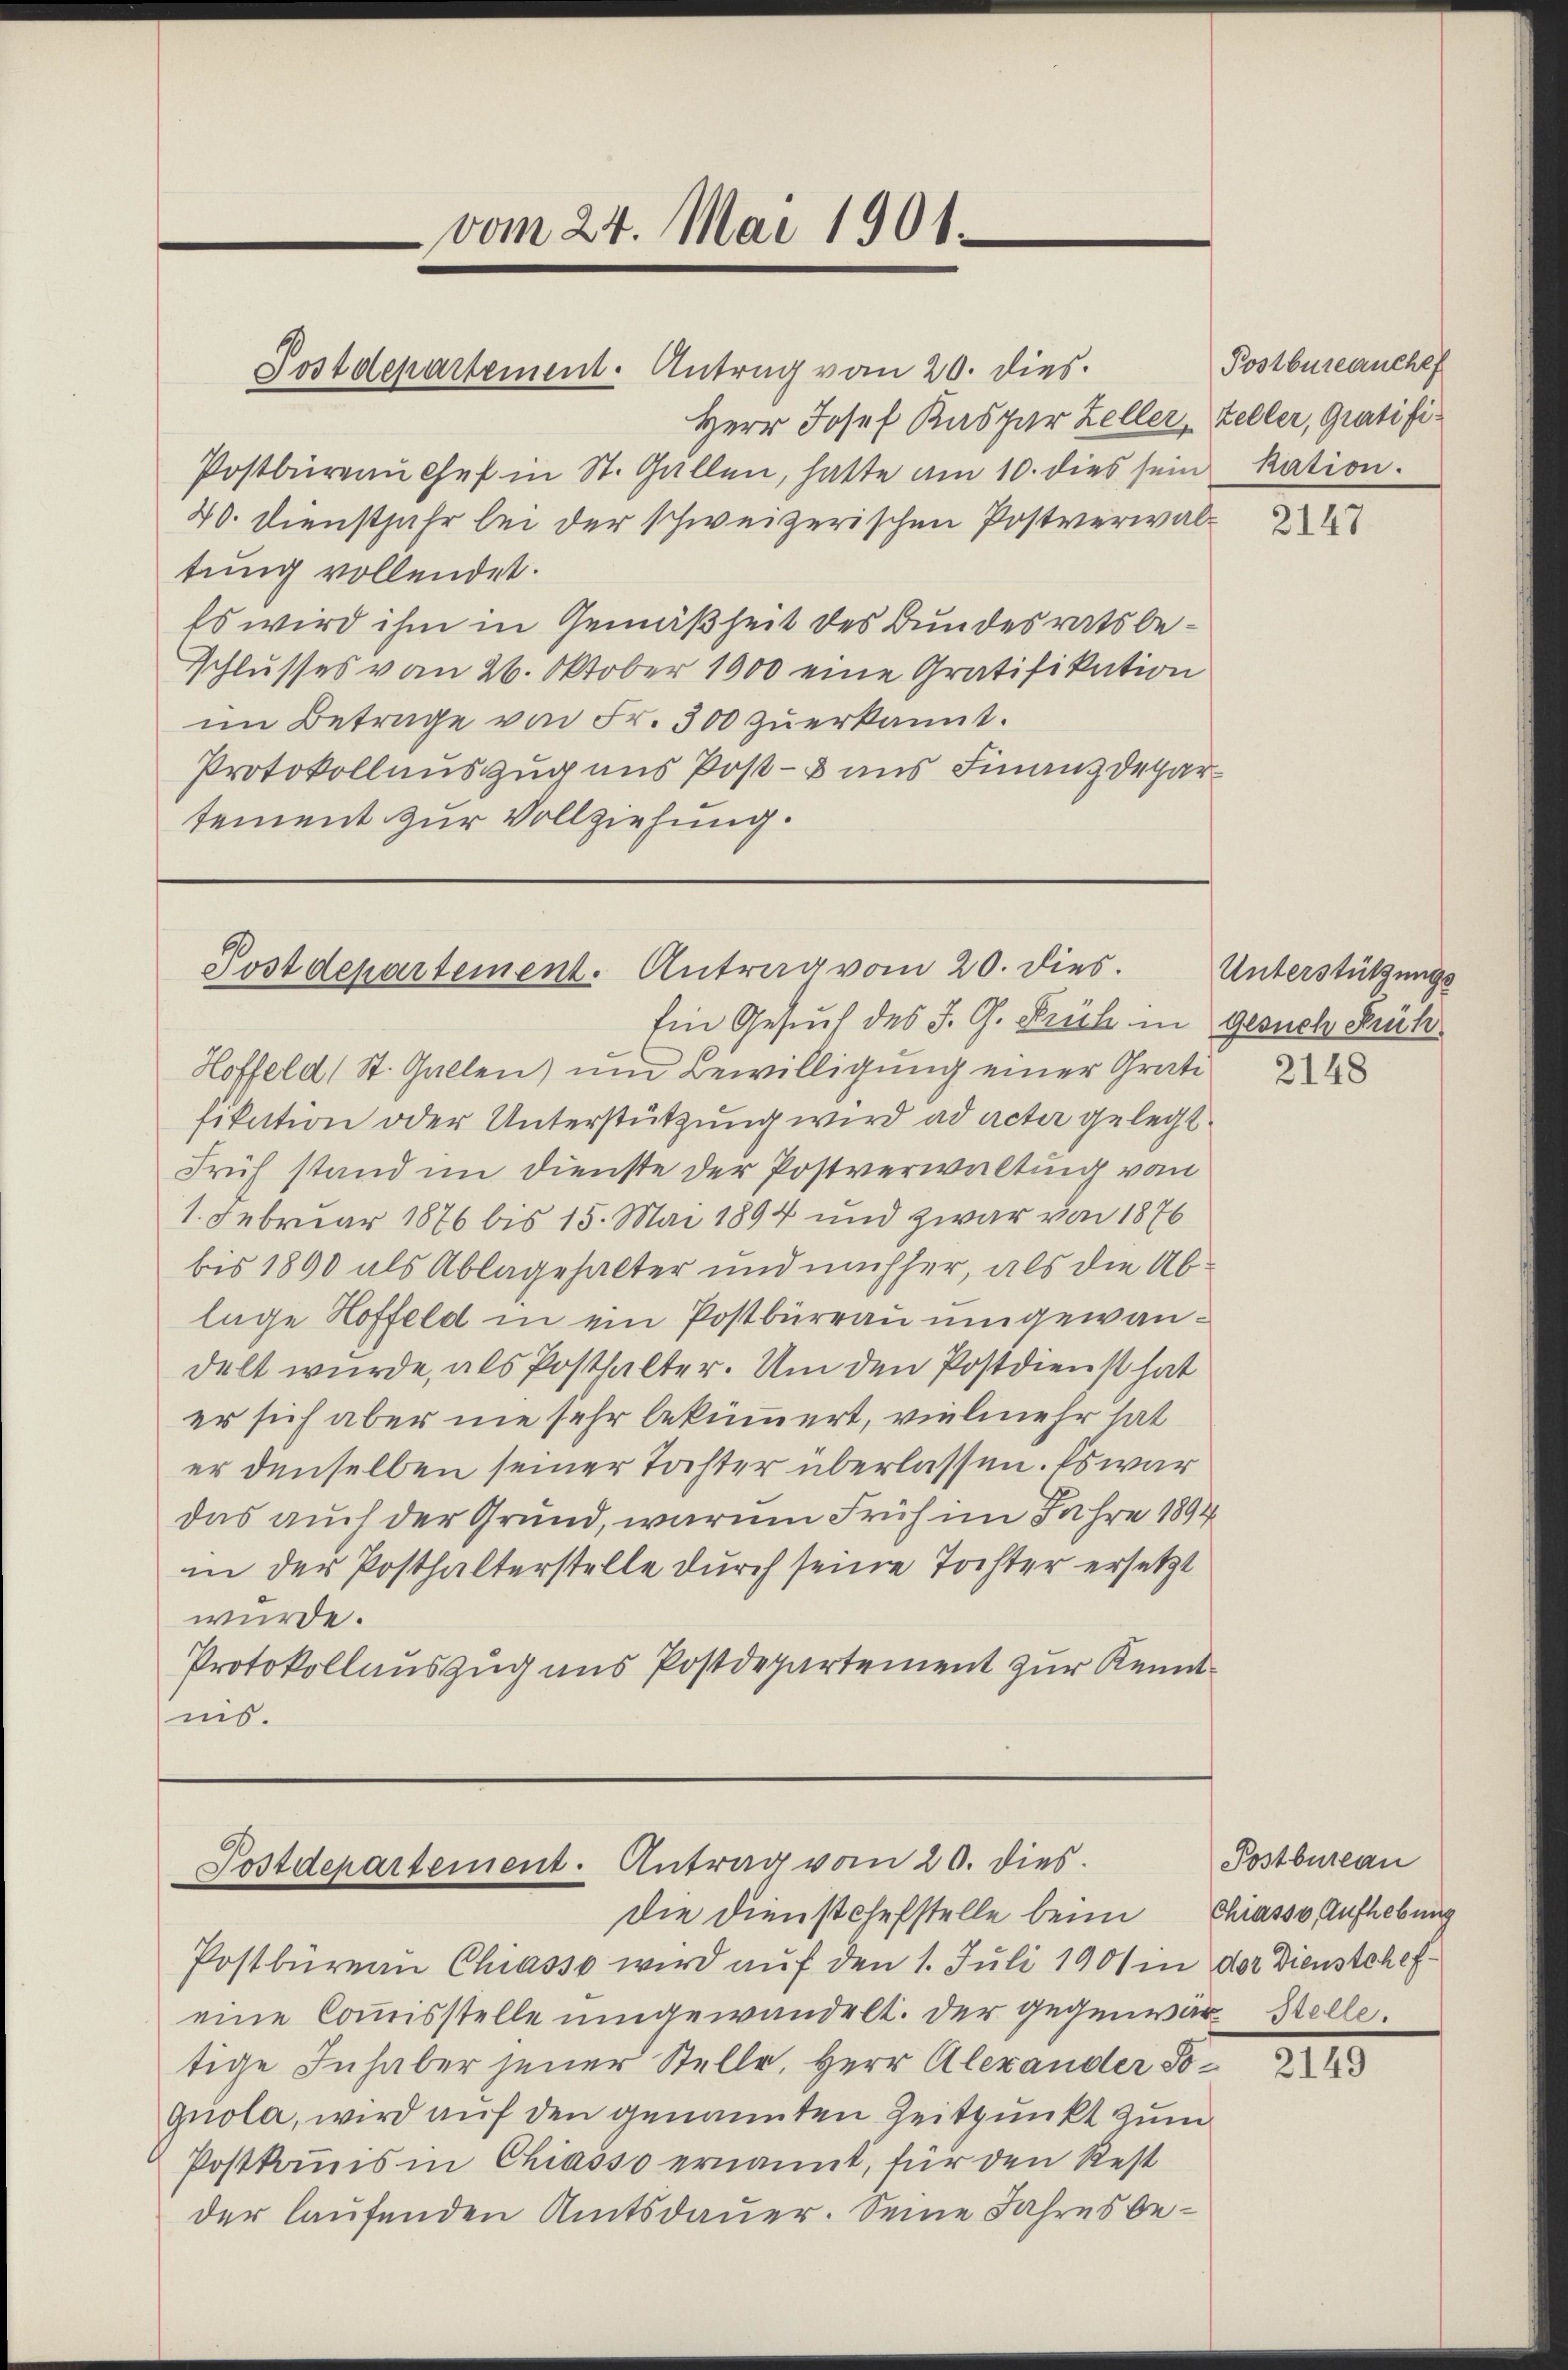
Postdepartement. Antrag vom 20. dies
Herr Josef Kaspar Zeller, Zeller, Gratifi¬
Postbüreaŭ Chef in St. Gallen, hatte am 10. dies sein Ration.
20. Dienstjahr bei der schweizerischen Postverwaltung vollendet.
Es wird ihm in Gemäßheit des Bundesrats be¬
Schlusses vom 26. Oktober 1900 eine Gratifikation
im Betrage von Fr. 300 zŭerkannt.
Protokollauszug aus Post- & uns Finanzdepartement zur Vollziehung.

vom 24. Mai 1901.

Postdepartement. Antrag vom 20. dies

Ein Gesuch des J. G. Früh in gesuch drück
Hoffeld, St. Gallen) und Bewilligung einer Grati
fikation oder Unterstützung wird ad acter gelegt
Früh stand im Dienste der Postverwaltung von
1. Februar 1876 bis 15. Mai 1894 und zwar von 1876
bis 1890 als Ablagehalter und nachher, als die Ablage Hoffeld in ein Postbüreau umgewandelt wurde, als Posthalter. Um den Postdienst hat
er sich aber nie sehr bekümmert, vielmehr hat
er denselben seiner Tochter überlassen. Es war
das auch der Grund, warum Früh im Jahre 1894
in der Posthalterstelle durch seine Tochter ersetzt
würde.
Protokollauszug aus Postdepartement zur Kenntins.

Postdepartement. Antrag vom 20. dies
die Dienstchefstelle beim Chiasso Aufhebung

Postbureauchef

Postbureau Chiasso wird auf den 1. Juli 1901 in der Dienstchef-
eine Commisstelle umgewandelt. Der gegenwär-Stelle.
tige Inhaber jener Stelle, Herr Alexander Sognola, wird auf den genannten Zeitpunkt zum
Postkommis in Chiasso ernannt, für den Rest
der laufenden Amtsdauer. Seine Jahres be¬

2147

Unterstützungs

Postbureau

2149